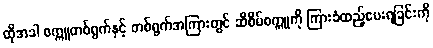
ထိုအခါ စက္ကူတစ်ရွက်နှင့် တစ်ရွက်အကြားတွင် ဆီစိမ်စက္ကူကို ကြားခံထည့်ပေးရခြင်းကို